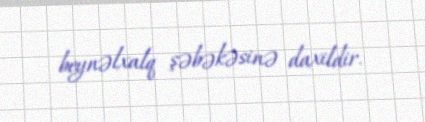
beynəlxalq şəbəkəsinə daxildir.